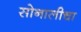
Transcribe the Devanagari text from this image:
सोनालीचा